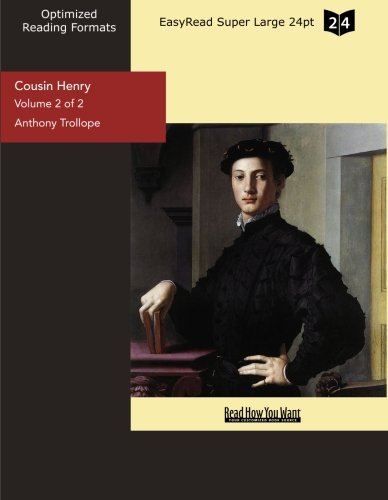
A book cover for Cousin Henry (Volume 2 of 2) (EasyRead Super Large 24pt Edition); Anthony Trollope; Parenting & Relationships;